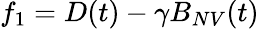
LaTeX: {f_{1}=D(t)-\gamma B_{NV}(t)}